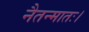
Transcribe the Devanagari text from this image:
नैतन्मातः।